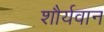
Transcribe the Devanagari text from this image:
शौर्यवान